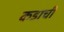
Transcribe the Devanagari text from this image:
कडाची